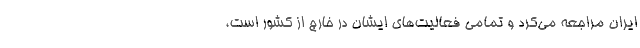
ایران مراجعه می‌کرد و تمامی فعالیت‌های ایشان در خارج از کشور است،